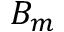
B _ { m }